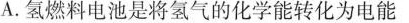
A.氢燃料电池是将氢气的化学能转化为电能